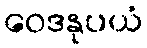
ဝေဒနုပယံ